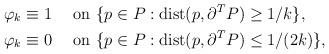
LaTeX: \begin{align*}\begin{aligned}\varphi_k\equiv 1&\quad\hbox{ on }\{p\in P: \hbox{dist}(p, \partial^T P)\geq 1/k\},\\\varphi_k\equiv 0&\quad\hbox{ on } \{p\in P:\hbox{dist}(p, \partial^T P)\leq 1/(2k)\},\end{aligned}\end{align*}